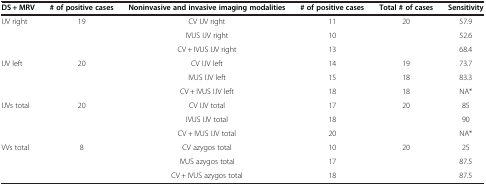
<table><thead><tr><td><b>DS + MRV</b></td><td><b># of positive cases</b></td><td><b>Noninvasive and invasive imaging modalities</b></td><td><b># of positive cases</b></td><td><b>Total # of cases</b></td><td><b>Sensitivity</b></td></tr></thead><tbody><tr><td rowspan="3">IJV right</td><td rowspan="3">19</td><td>CV IJV right</td><td>11</td><td rowspan="3">20</td><td>57.9</td></tr><tr><td>IVUS IJV right</td><td>10</td><td>52.6</td></tr><tr><td>CV + IVUS IJV right</td><td>13</td><td>68.4</td></tr><tr><td rowspan="3">IJV left</td><td rowspan="3">20</td><td>CV IJV left</td><td>14</td><td>19</td><td>73.7</td></tr><tr><td>IVUS IJV left</td><td>15</td><td>18</td><td>83.3</td></tr><tr><td>CV + IVUS IJV left</td><td>18</td><td>18</td><td>NA*</td></tr><tr><td rowspan="3">IJVs total</td><td rowspan="3">20</td><td>CV IJV total</td><td>17</td><td rowspan="3">20</td><td>85</td></tr><tr><td>IVUS IJV total</td><td>18</td><td>90</td></tr><tr><td>CV + IVUS IJV total</td><td>20</td><td>NA*</td></tr><tr><td rowspan="2">VVs total</td><td rowspan="2">8</td><td>CV azygos total</td><td>10</td><td rowspan="2">20</td><td>25</td></tr><tr><td>IVUS azygos total</td><td>17</td><td>87.5</td></tr><tr><td> </td><td> </td><td>CV + IVUS azygos total</td><td>18</td><td> </td><td>87.5</td></tr></tbody></table>